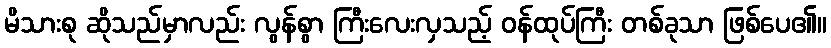
မိသားစု ဆိုသည်မှာလည်း လွန်စွာ ကြီးလေးလှသည့် ဝန်ထုပ်ကြီး တစ်ခုသာ ဖြစ်ပေ၏။